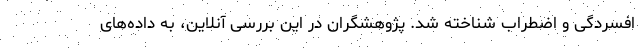
افسردگی و اضطراب شناخته شد. پژوهشگران در این بررسی آنلاین، به داده‌های